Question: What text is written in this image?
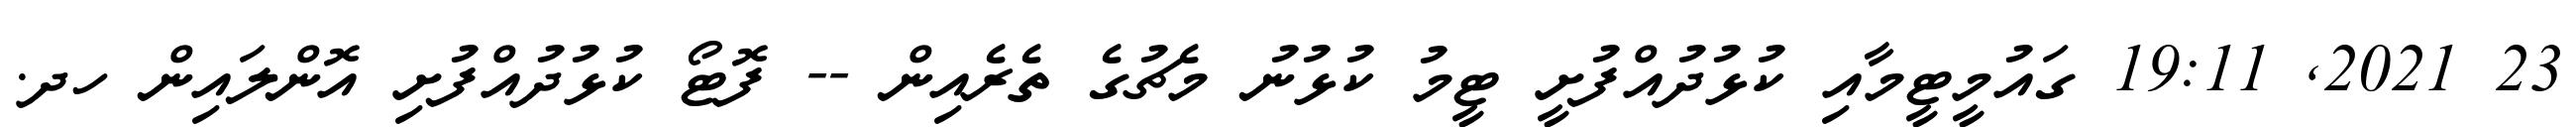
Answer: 23 2021, 19:11 ގައުމީޓީމާއި ކުޅުދުއްފުށީ ޓީމު ކުޅުނު މެޗުގެ ތެރެއިން -- ފޮޓޯ ކުޅުދުއްފުށި އޮންލައިން ހދ.